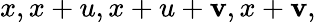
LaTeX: x,x+u,x+u+\mathbf{v},x+\mathbf{v},